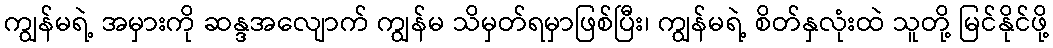
ကျွန်မရဲ့ အမှားကို ဆန္ဒအလျောက် ကျွန်မ သိမှတ်ရမှာဖြစ်ပြီး၊ ကျွန်မရဲ့ စိတ်နှလုံးထဲ သူတို့ မြင်နိုင်ဖို့